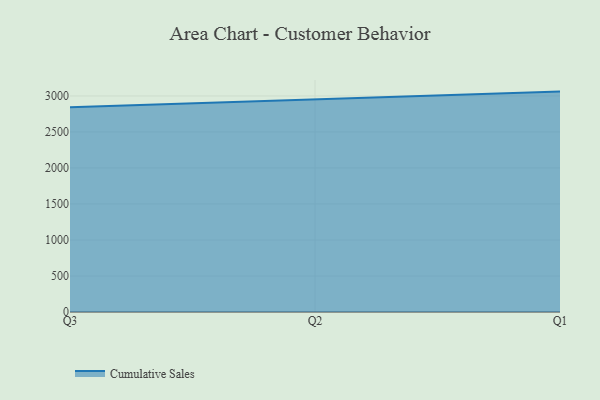
{"axis": {"x": "Quarter", "y": "Latency (ms)"}, "legend": ["Cumulative Sales"], "data": [{"x": "Q3", "y": 2844.4, "type": "Cumulative Sales"}, {"x": "Q2", "y": 2953.0, "type": "Cumulative Sales"}, {"x": "Q1", "y": 3060.9, "type": "Cumulative Sales"}]}